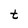
Character: t